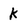
Character: k